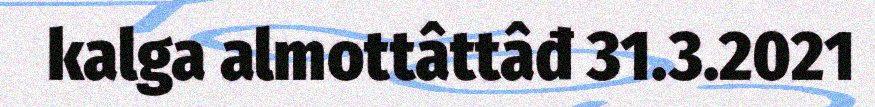
kalga almottâttâđ 31.3.2021